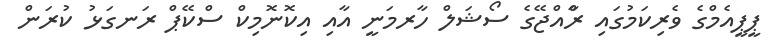
ޕީޕީއެމްގެ ވެރިކަމުގައި ރާްއްޖޭގެ ސޯޝަލް ހާރމަނީ އާއި އިކޮނޮމިކް ސްކޭޕް ރަނގަޅު ކުރަން